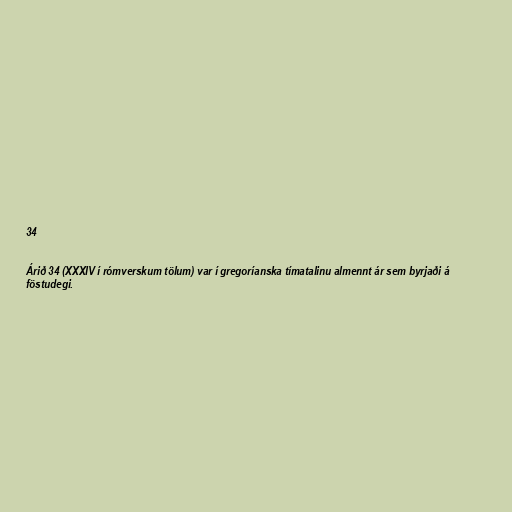
34

Árið 34 (XXXIV í rómverskum tölum) var í gregoríanska tímatalinu almennt ár sem byrjaði á
föstudegi.